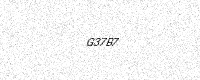
Text: G37B7